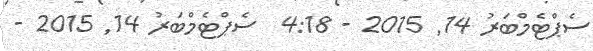
ސެޕްޓެމްބަރު 14